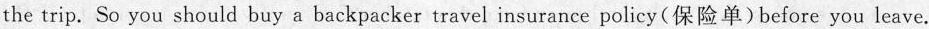
the trip. So you should buy a backpacker travel insurance policy(保险单)before you leave.